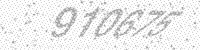
Solution: 910675